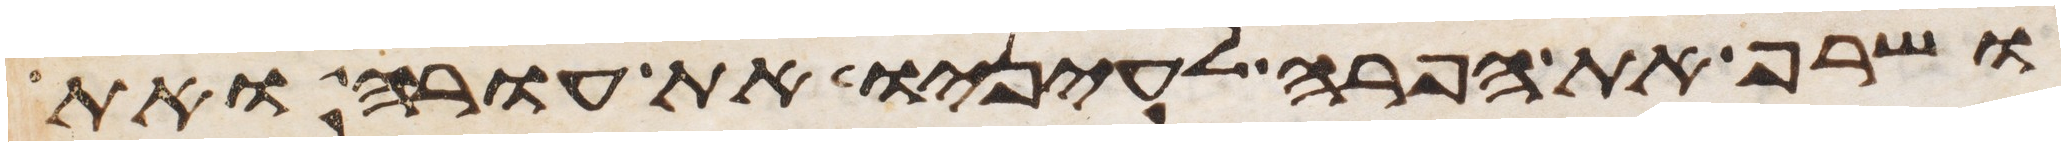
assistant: ושרף את הפרה לעיניו את עורה ואת